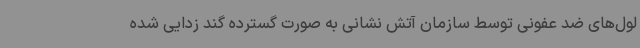
لول‌های ضد عفونی توسط سازمان آتش نشانی به صورت گسترده گند زدایی شده